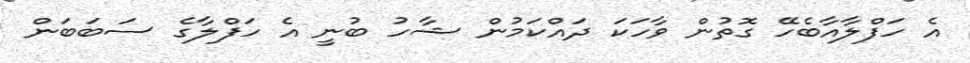
އެ ހަފްލާއާބެހޭ ގޮތުން ވާހަކަ ދައްކަމުން ޝާހު ބުނީ އެ ހަފްލާގެ ސަބަބަން